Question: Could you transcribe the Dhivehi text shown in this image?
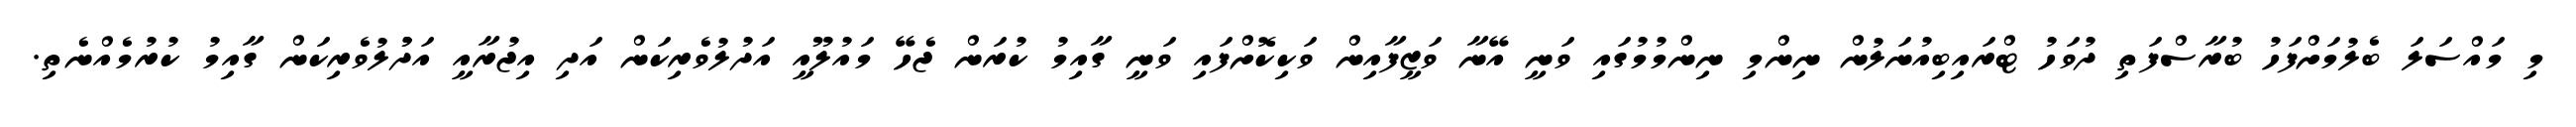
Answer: މި މައްސަލަ ބެލުމަށްފަހު ބުރާސްފަތި ދުވަހު ޓްރައިބިއުނަލުން ނިންމި ނިންމުމުގައި ވަނީ އޭނާ ވަޒީފާއިން ވަކިކޮށްފައި ވަނީ ގާއިމު ކުރަން ޖެހޭ މައުލޫއީ އަދުލުވެރިކަން އަދި އިޖުރާއީ އަދުުލުވެރިކަން ގާއިމު ކުރުމެއްނެތި.